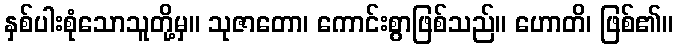
နှစ်ပါးစုံသောသူတို့မှ။ သုဇာတော၊ ကောင်းစွာဖြစ်သည်။ ဟောတိ၊ ဖြစ်၏။